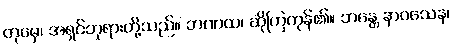
တုမှေ၊ အရှင်ဘုရားတို့သည်။ ဘဏထ၊ ဆိုကြကုန်၏။ ဘန္တေ နာဂသေန၊